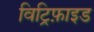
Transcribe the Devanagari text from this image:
विट्रिफ़ाइड